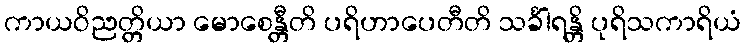
ကာယဝိညတ္တိယာ မောစေန္တီတိ ပရိဟာပေတီတိ သင်္ခါရန္တိ ပုရိသကာရိယံ